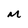
Character: M